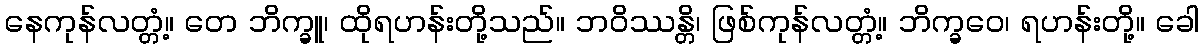
နေကုန်လတ္တံ့။ တေ ဘိက္ခူ၊ ထိုရဟန်းတို့သည်။ ဘဝိဿန္တိ၊ ဖြစ်ကုန်လတ္တံ့။ ဘိက္ခဝေ၊ ရဟန်းတို့။ ခေါ